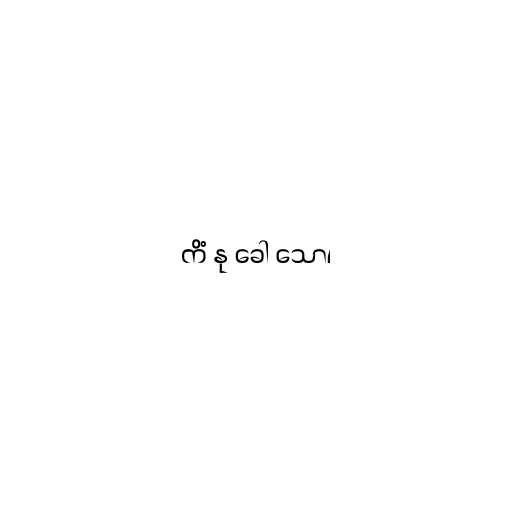
ကိံ နု ခေါ သော၊